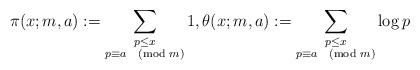
LaTeX: \begin{align*}\pi(x;m,a):=\sum_{\substack{p\leq x \\ p\equiv a\pmod m }} 1, \theta(x;m,a):=\sum_{\substack{p\leq x \\ p\equiv a\pmod m }}\log{p}\end{align*}